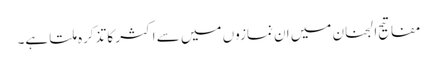
مفاتیح الجنان میں ان نمازوں میں سے اکثر کا تذکرہ ملتا ہے۔